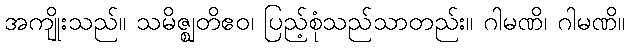
အကျိုးသည်။ သမိဇ္ဈတိဧဝ၊ ပြည့်စုံသည်သာတည်း။ ဂါမဏိ၊ ဂါမဏိ။